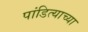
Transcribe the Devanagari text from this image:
पांडित्याच्या